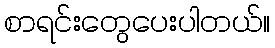
စာရင်းတွေပေးပါတယ်။